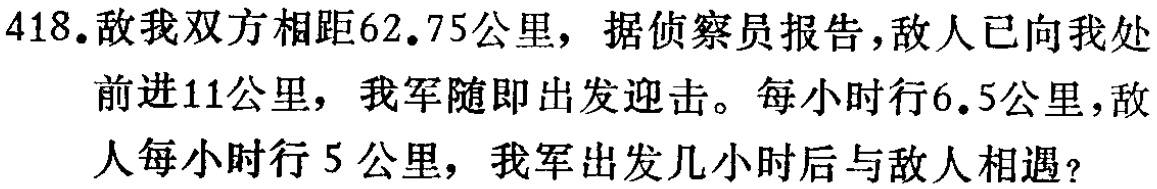
418.敌我双方相距62.75公里，据侦察员报告，敌人已向我处前进11公里，我军随即出发迎击。每小时行6.5公里，敌人每小时行5公里，我军出发几小时后与敌人相遇？